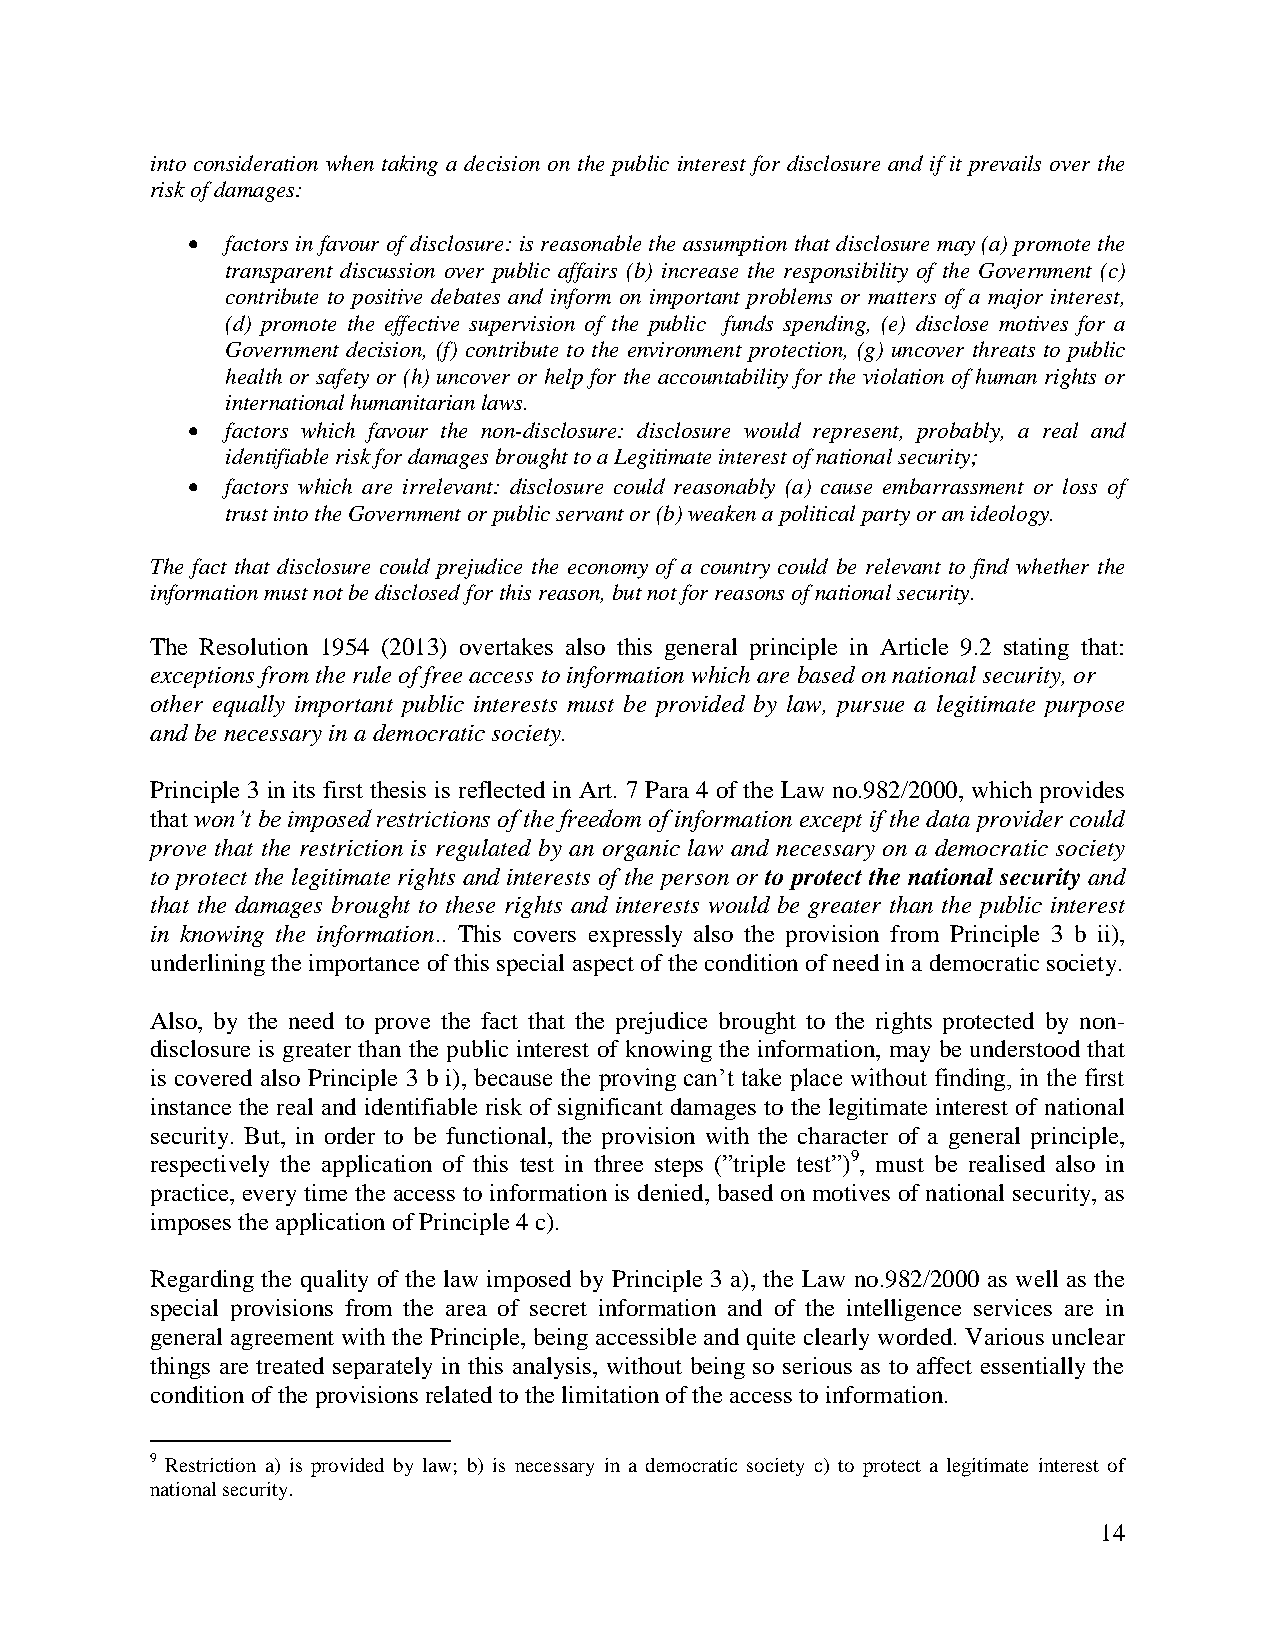
into consideration when taking a decision on the public interest for disclosure and if it prevails over the
 risk of damages:
   factors in favour of disclosure: is reasonable the assumption that disclosure may (a) promote the
 transparent discussion over public affairs (b) increase the responsibility of the Government (c)
 contribute to positive debates and inform on important problems or matters of a major interest,
 (d) promote the effective supervision of the public funds spending, (e) disclose motives for a
 Government decision, (f) contribute to the environment protection, (g) uncover threats to public
 health or safety or (h) uncover or help for the accountability for the violation of human rights or
 international humanitarian laws.
   factors which favour the non-disclosure: disclosure would represent, probably, a real and
 identifiable risk for damages brought to a Legitimate interest of national security;
   factors which are irrelevant: disclosure could reasonably (a) cause embarrassment or loss of
 trust into the Government or public servant or (b) weaken a political party or an ideology.
 The fact that disclosure could prejudice the economy of a country could be relevant to find whether the
 information must not be disclosed for this reason, but not for reasons of national security.
 The Resolution 1954 (2013) overtakes also this general principle in Article 9.2 stating that:
 exceptions from the rule of free access to information which are based on national security, or
 other equally important public interests must be provided by law, pursue a legitimate purpose
 and be necessary in a democratic society.
 Principle 3 in its first thesis is reflected in Art. 7 Para 4 of the Law no.982/2000, which provides
 that won’t be imposed restrictions of the freedom of information except if the data provider could
 prove that the restriction is regulated by an organic law and necessary on a democratic society
 to protect the legitimate rights and interests of the person or to protect the national security and
 that the damages brought to these rights and interests would be greater than the public interest
 in knowing the information.. This covers expressly also the provision from Principle 3 b ii),
 underlining the importance of this special aspect of the condition of need in a democratic society.
 Also, by the need to prove the fact that the prejudice brought to the rights protected by non-
 disclosure is greater than the public interest of knowing the information, may be understood that
 is covered also Principle 3 b i), because the proving can’t take place without finding, in the first
 instance the real and identifiable risk of significant damages to the legitimate interest of national
 security. But, in order to be functional, the provision with the character of a general principle,
 respectively the application of this test in three steps (”triple test”)9, must be realised also in
 practice, every time the access to information is denied, based on motives of national security, as
 imposes the application of Principle 4 c).
 Regarding the quality of the law imposed by Principle 3 a), the Law no.982/2000 as well as the
 special provisions from the area of secret information and of the intelligence services are in
 general agreement with the Principle, being accessible and quite clearly worded. Various unclear
 things are treated separately in this analysis, without being so serious as to affect essentially the
 condition of the provisions related to the limitation of the access to information.
 9 Restriction a) is provided by law; b) is necessary in a democratic society c) to protect a legitimate interest of
 national security.
 14